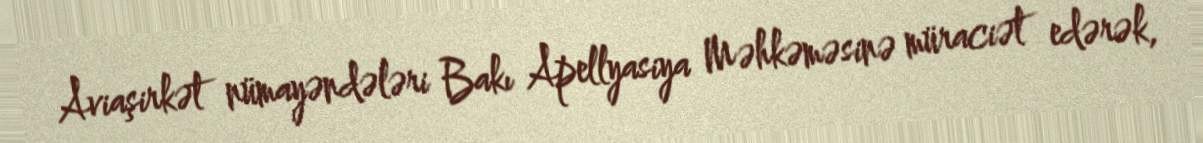
Aviaşirkət nümayəndələri Bakı Apellyasiya Məhkəməsinə müraciət edərək,